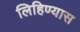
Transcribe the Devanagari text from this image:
लिहिण्‍यास